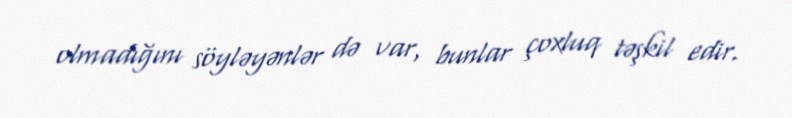
olmadığını söyləyənlər də var, bunlar çoxluq təşkil edir.